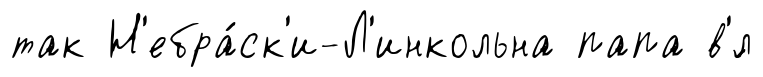
так Н'ебра́ск'и-Л'инкольна папа в'́л